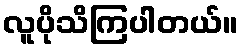
လူပိုသိကြပါတယ်။